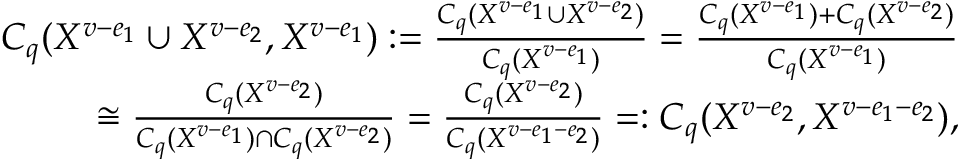
\begin{array} { r } { C _ { q } ( X ^ { v - e _ { 1 } } \cup X ^ { v - e _ { 2 } } , X ^ { v - e _ { 1 } } ) : = \frac { C _ { q } ( X ^ { v - e _ { 1 } } \cup X ^ { v - e _ { 2 } } ) } { C _ { q } ( X ^ { v - e _ { 1 } } ) } = \frac { C _ { q } ( X ^ { v - e _ { 1 } } ) + C _ { q } ( X ^ { v - e _ { 2 } } ) } { C _ { q } ( X ^ { v - e _ { 1 } } ) } } \\ { \cong \frac { C _ { q } ( X ^ { v - e _ { 2 } } ) } { C _ { q } ( X ^ { v - e _ { 1 } } ) \cap C _ { q } ( X ^ { v - e _ { 2 } } ) } = \frac { C _ { q } ( X ^ { v - e _ { 2 } } ) } { C _ { q } ( X ^ { v - e _ { 1 } - e _ { 2 } } ) } = : C _ { q } ( X ^ { v - e _ { 2 } } , X ^ { v - e _ { 1 } - e _ { 2 } } ) , } \end{array}